Calcutta medical institutions reports 1892-1900
Year: 1892
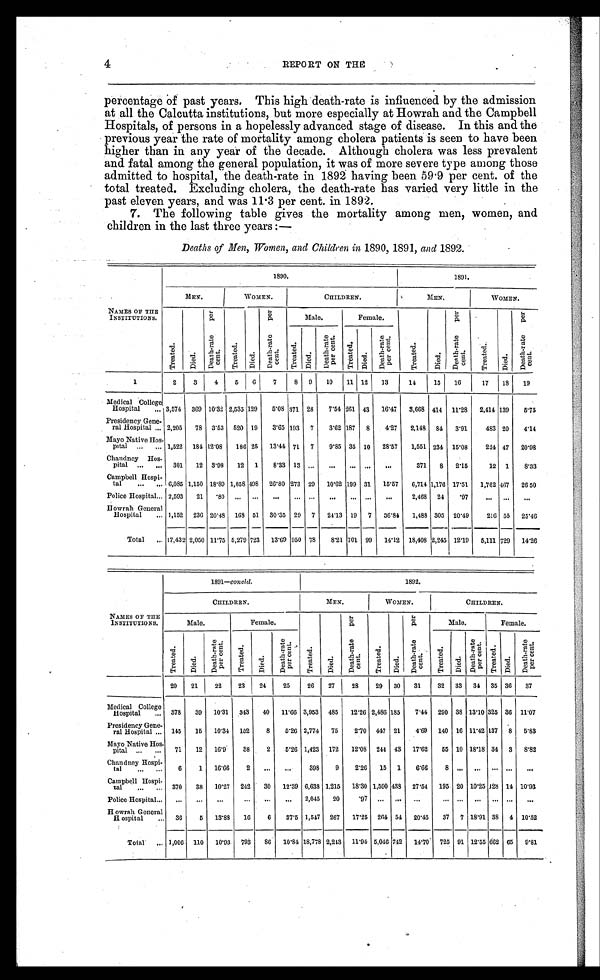
4
REPORT ON THE
percentage of past years. This high death-rate is influenced by the admission
at all the Calcutta institutions, but more especially at Howrah and the Campbell
Hospitals, of persons in a hopelessly advanced stage of disease. In this and the
previous year the rate of mortality among cholera patients is seen to have been
higher than in any year of the decade. Although cholera was less prevalent
and fatal among the general population, it was of more severe type among those
admitted to hospital, the death-rate in 1892 having been 59.9 per cent. of the
total treated. Excluding cholera, the death-rate has varied very little in the
past eleven years, and was 11.3 per cent. in 1892.
7. The following table gives the mortality among men, women, and
children in the last three years :—
Deaths of Men, Women, and Children in 1890, 1891, and 1892.
NAMES OF THE
INSTITUTIONS.
1890.
1891.
MEN.
WOMEN.
CHILDREN.
MEN.
WOMEN.
T r e a t e d .
D i e d .
D e a t h - r a t e p e r c e n t .
Tr eat ed. D i e d .
D e a t h - r a t e p e r c e n t .
Male.
Female.
T r e a t e d .
Di ed.
D e a t h - r a t e p e r c e n t .
T r e a t e d .
Di ed.
D e a t h - r a t e p e r c e n t .
Tr eat ed. D i e d .
De a t h - r a t e p e r c e n t .
T r e a t e d .
D i e d .
De a t h - r a t e p e r c e n t .
1
2
3
4 5 6
7
8 9 10 11 12 13
1 4
15 16
17 18 19
Medical College
Hospital
. . 3,574 369 10.32 2,535 129 5.08 371 28 7.54 261 43 16.47 3,668 414 11.28 2,414 139
5.75
Presidency Gene-
ral Hospital . . . 2,205 78 3.53 520 19 3.65 193 7
3.62 187 8
4.27 2,148 84 3.91
483 20 4.14
Mayo Native Hos-
pital
. . .
. . . 1,522 184 12.08 186 25 13.41 71 7
9.85 35 10 28.57 1,551 234 15.08
224 47 20.98
Chandney Hos-
pital
. . .
. . . 301 12 3.98 12 1
8.33 13 . . .
. . .
. . . . . .
. . .
371 8 2.15
12 1
8.33
Campbell Hospi-
tal
. . .
. . . 6,085 1,150 18.89 1,858 498 26.80 273 29 10.62 199 31 15.57 6,714 1,176 17.51 1,762 467 26.50
Police Hospital . . .
2 , 5 9 3
2 1
. 8 0
. . . . . . ...
. . . . . . ...
. . . . . . ...
2,468 24 .97
. . .
. . .
. . .
Howrah General
Hospital
. . . 1,152 236 20.48 168 51 30.35 29 7 24.13 19 7 36.84 1,488 305 20.49
216 55 25.46
Total
. . . 17,432 2,050 11.75 5,279 723 13.69 950 78
8.21 701 99 14.12 18,408 2,245 12.19 5,111 729 14.26
NAMES OF THE
INSTITUTIONS.
1891-concld.
1892.
CHILDREN.
MEN.
WOMEN.
CHILDREN.
Male.
Female.
T r e a t e d .
Di ed.
D e a t h - r a t e p e r c e n t .
Tr eat ed.
Died.
D e a t h - r a t e p e r c e n t .
Male.
Female.
T r e a t e d .
Died.
De a t h - r a t e p e r c e n t .
T r e a t e d .
Di ed.
D e a t h - r a t e p e r c e n t .
Tr e a t e d.
Died.
D e a t h - r a t e p e r c e n t .
Tr e a t e d.
Di e d .
D e a t h - r a t e p e r c e n t .
20 21
22
23 24
25
26 27
28
29 30 31
32 33 34 35 36 37
Medical College
Hospital
. . . 378 39 10.31 343 40 11.66 3,953 485 12.26 2,486 185
7.44 290 38 13.10 325 36 11.07
Presidency Gene-
ral Hospital . . . 145 15 10.34 152
8
5.26 2,774 75
2.70 447 21
4.69 140 16 11.42 137 8 5.83
Mayo Native Hos-
pital
. . .
. . . 71 12 16.9
38
2 5.26 1,423 172 12.08 244 43 17.62 55 10 18.18 34 3 8 . 8 2
Chandney Hospi-
tal
. . .
. . . 6
1 16.66
2
. . . . . .
398
9
2.26 15 1 6.66
8
. . . . . .
. . . . . .
. . .
Campbell Hospi-
tal
. . .
. . . 370 38 10.27 242 30 12.39 6,638 1,215 18.30 1,590 438 27.54 195 20 10.25 128 14 10.93
Police Hospital . . .
. . .
. . .
. . .
. . .
... ... 2,045 20
.97 . . .
. . .
. . .
. . . . . .
. . . . . . . . .
. . .
Howrah General
Hospital
. . . 36
5 13.88 16
6 37.5 1,547 267 17.25 264 54 20.45 37 7 18.91 38 4 10.52
Total
. . . 1,006 110 10.93 793
8 6 10.84 18,778 2,243 11.94 5,046 742 14.70 725 91 12.55 662 65 9.81